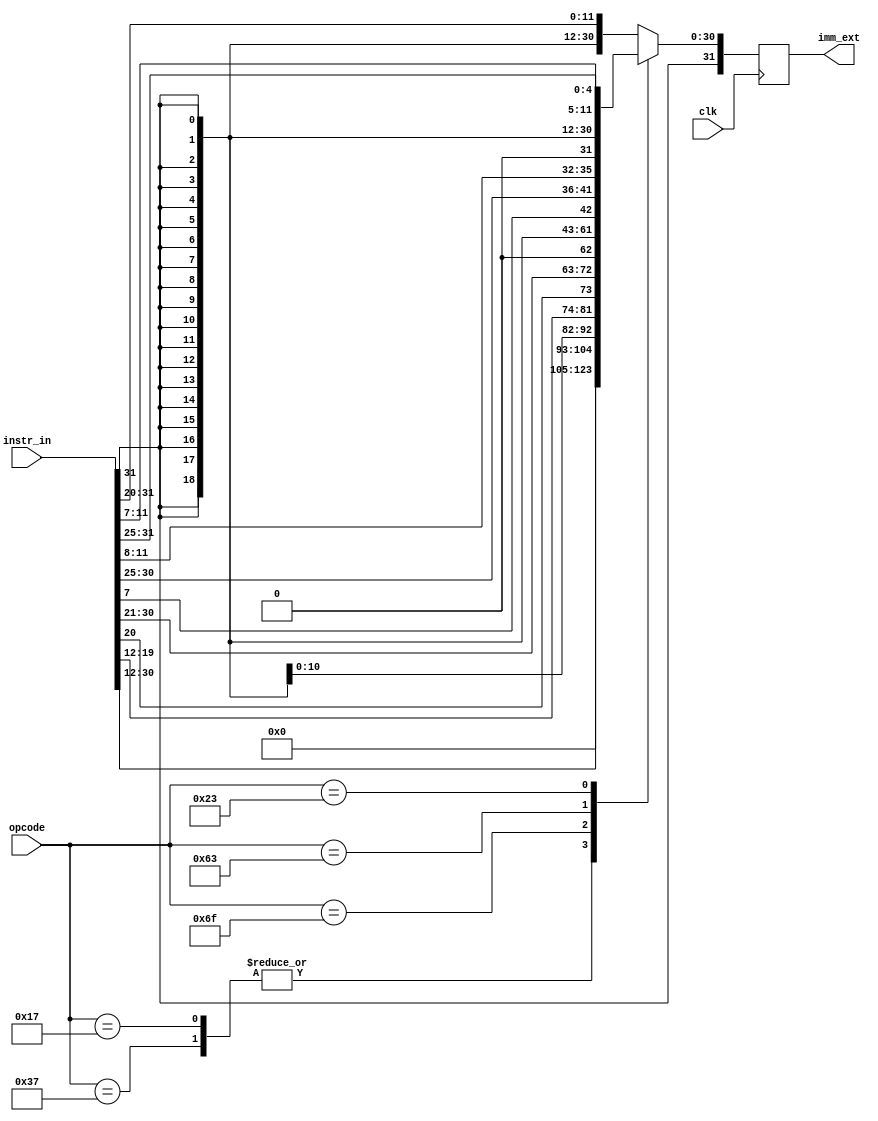
`timescale 1ns / 1ps
//////////////////////////////////////////////////////////////////////////////////
// Company: 
// Engineer: 
// 
// Design Name: 
// Module Name: imm_ext
// Project Name: 
// Target Devices: 
// Tool Versions: 
// Description: 
// 
// Dependencies: 
// 
// Revision:
// Revision 0.01 - File Created
// Additional Comments:
// 
//////////////////////////////////////////////////////////////////////////////////


module imm_ext(
    input clk,
    input [6:0]opcode,
    input  [31:0]instr_in,
    output [31:0] imm_ext
    );
    
    reg [31:0]imm_temp;
    localparam [6:0]R_TYPE  = 7'b0110011, // op: 000
                I_TYPE  = 7'b0010011, // op: 001
                S_TYPE   = 7'b0100011, // op: 010
                L_TYPE    = 7'b0000011, // op: 011
                B_TYPE  = 7'b1100011,   // op: 100
                JALR    = 7'b1100111,   // op: 101
                JAL     = 7'b1101111,   // op  101
                AUIPC   = 7'b0010111,   // op: 110
                LUI     = 7'b0110111;   // op: 110
                
                
      always @(posedge clk) begin
        case(opcode) 
        LUI:
            imm_temp = {instr_in[31:12], 12'b0};
        AUIPC:
            imm_temp = {instr_in[31:12], 12'b0};
        JAL:
            imm_temp = {{12{instr_in[31]}}, instr_in[19:12], instr_in[20], instr_in[30:21], 1'b0}; // 12{{instr_in[31]}} extend the first bit of instruction 12 times; if 0, 12 * 0 are put in front
        I_TYPE:
            imm_temp = {{21{instr_in[31]}}, instr_in[30:20]};
        L_TYPE:
            imm_temp = {{21{instr_in[31]}}, instr_in[30:20]};
        JALR:
            imm_temp = {{21{instr_in[31]}}, instr_in[30:20]};
        B_TYPE:
            imm_temp = {{20{instr_in[31]}}, instr_in[7], instr_in[30:25], instr_in[11:8], 1'b0};
        S_TYPE:
            imm_temp = {{21{instr_in[31]}}, instr_in[30:25], instr_in[11:7]};
        default:
            imm_temp = {{21{instr_in[31]}}, instr_in[30:20]}; //ITYPE ALU 
            
    endcase
   end
   
   assign imm_ext = imm_temp;
endmodule